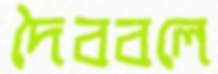
দৈববলে